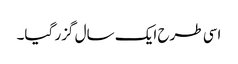
اسی طرح ایک سال گزر گیا۔